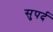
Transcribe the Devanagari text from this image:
सुपर्द